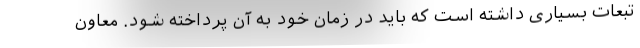
تبعات بسیاری داشته است که باید در زمان خود به آن پرداخته شود. معاون